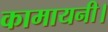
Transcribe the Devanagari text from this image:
कामायनी।